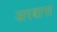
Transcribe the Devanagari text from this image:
अरबाना